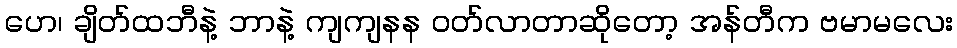
ဟေ၊ ချိတ်ထဘီနဲ့ ဘာနဲ့ ကျကျနန ဝတ်လာတာဆိုတော့ အန်တီက ဗမာမလေး